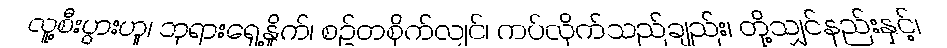
လူ့စီးပွားဟူ၊ ဘုရားရှေ့နှိုက်၊ စဉ်တစိုက်လျှင်၊ ကပ်လိုက်သည်ချည်း၊ တို့သျှင်နည်းနှင့်၊